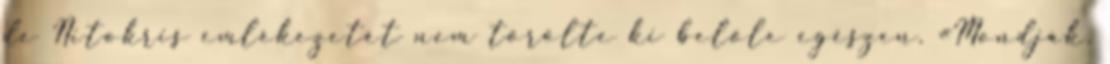
de Nitokris emlékezetét nem törölte ki belőle egészen. «Mondják,